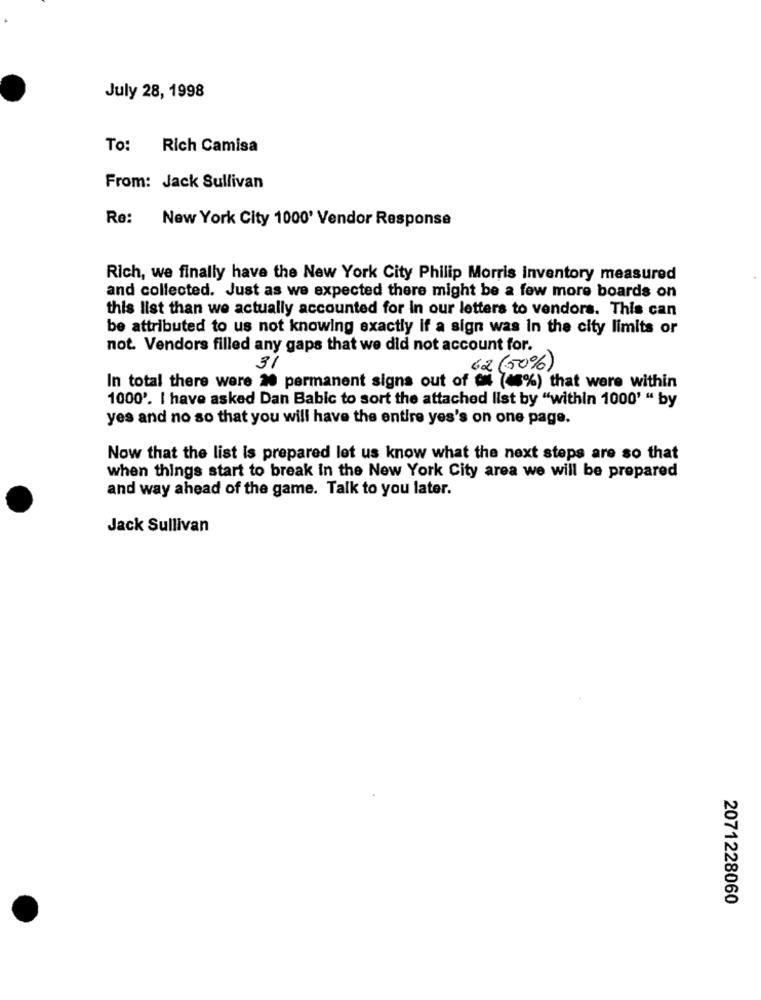
July 28, 1998
To: Rich Camisa
From: Jack Sullivan
Re: New York City 1000' Vendor Response
Rich, we finally have the New York City Philip Morris inventory measured
and collected. Just as we expected there might be a few more boards on
this list than we actually accounted for in our letters to vendors. This can
be attributed to us not knowing exactly if a sign was in the city limits or
not. Vendors filled any gaps that we did not account for.
31
62 (50%)
In total there were 20 permanent signs out of an (45%) that were within
1000'. I have asked Dan Babic to sort the attached list by "within 1000' " by
yes and no so that you will have the entire yes's on one page.
Now that the list is prepared let us know what the next steps are so that
when things start to break in the New York City area we will be prepared
and way ahead of the game. Talk to you later.
Jack Sullivan
2071228060